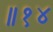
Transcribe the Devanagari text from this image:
॥१४